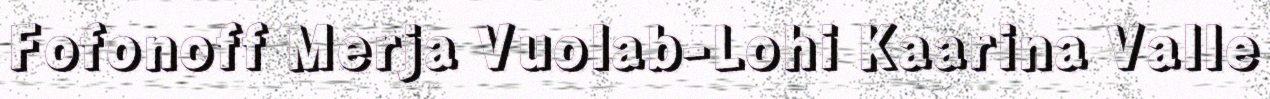
Fofonoff Merja Vuolab-Lohi Kaarina Valle